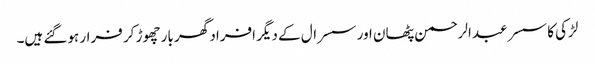
لڑکی کا سسر عبدالرحمن پٹھان اور سسرال کے دیگر افراد گھر بار چھوڑ کر فرار ہوگئے ہیں۔